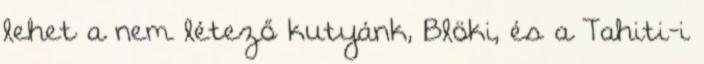
lehet a nem létező kutyánk, Blöki, és a Tahiti-i